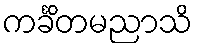
ကင်္ခိတမညာသိ